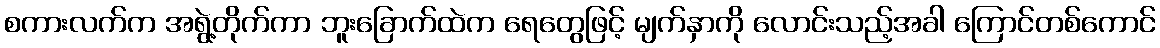
စကားလက်က အရွဲ့တိုက်ကာ ဘူးခြောက်ထဲက ရေတွေဖြင့် မျက်နှာကို လောင်းသည့်အခါ ကြောင်တစ်ကောင်